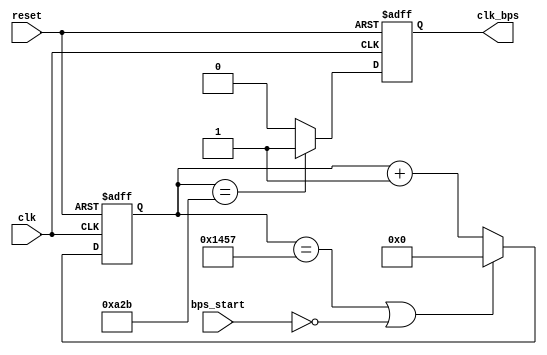
module speed_select(
    input clk,           // System clock: 50 MHz
    input reset,         // Reset signal
    input bps_start,     // Signal to start baud rate clock generation
    output clk_bps       // Baud rate clock signal for UART communication
);

parameter BPS = 5207;    // 9600 baud rate (50 MHz / 9600)  5207
parameter BPS_half = 2603; // Half of 9600 baud rate

reg [12:0] cnt;         // Counter for clock cycles
reg clk_bps_r;          // Temporary register for clk_bps

         // Active-low reset



always @(posedge clk or negedge reset) begin
    if (!reset) 
        cnt <= 13'd0;
    else if ((cnt == BPS) || !bps_start)
        cnt <= 13'd0;
    else
        cnt <= cnt + 1'b1;
end

always @(posedge clk or negedge reset) begin
    if (!reset)
        clk_bps_r <= 1'b0;
    else if (cnt == BPS_half)
        clk_bps_r <= 1'b1;
    else
        clk_bps_r <= 1'b0;
end

assign clk_bps = clk_bps_r;

endmodule